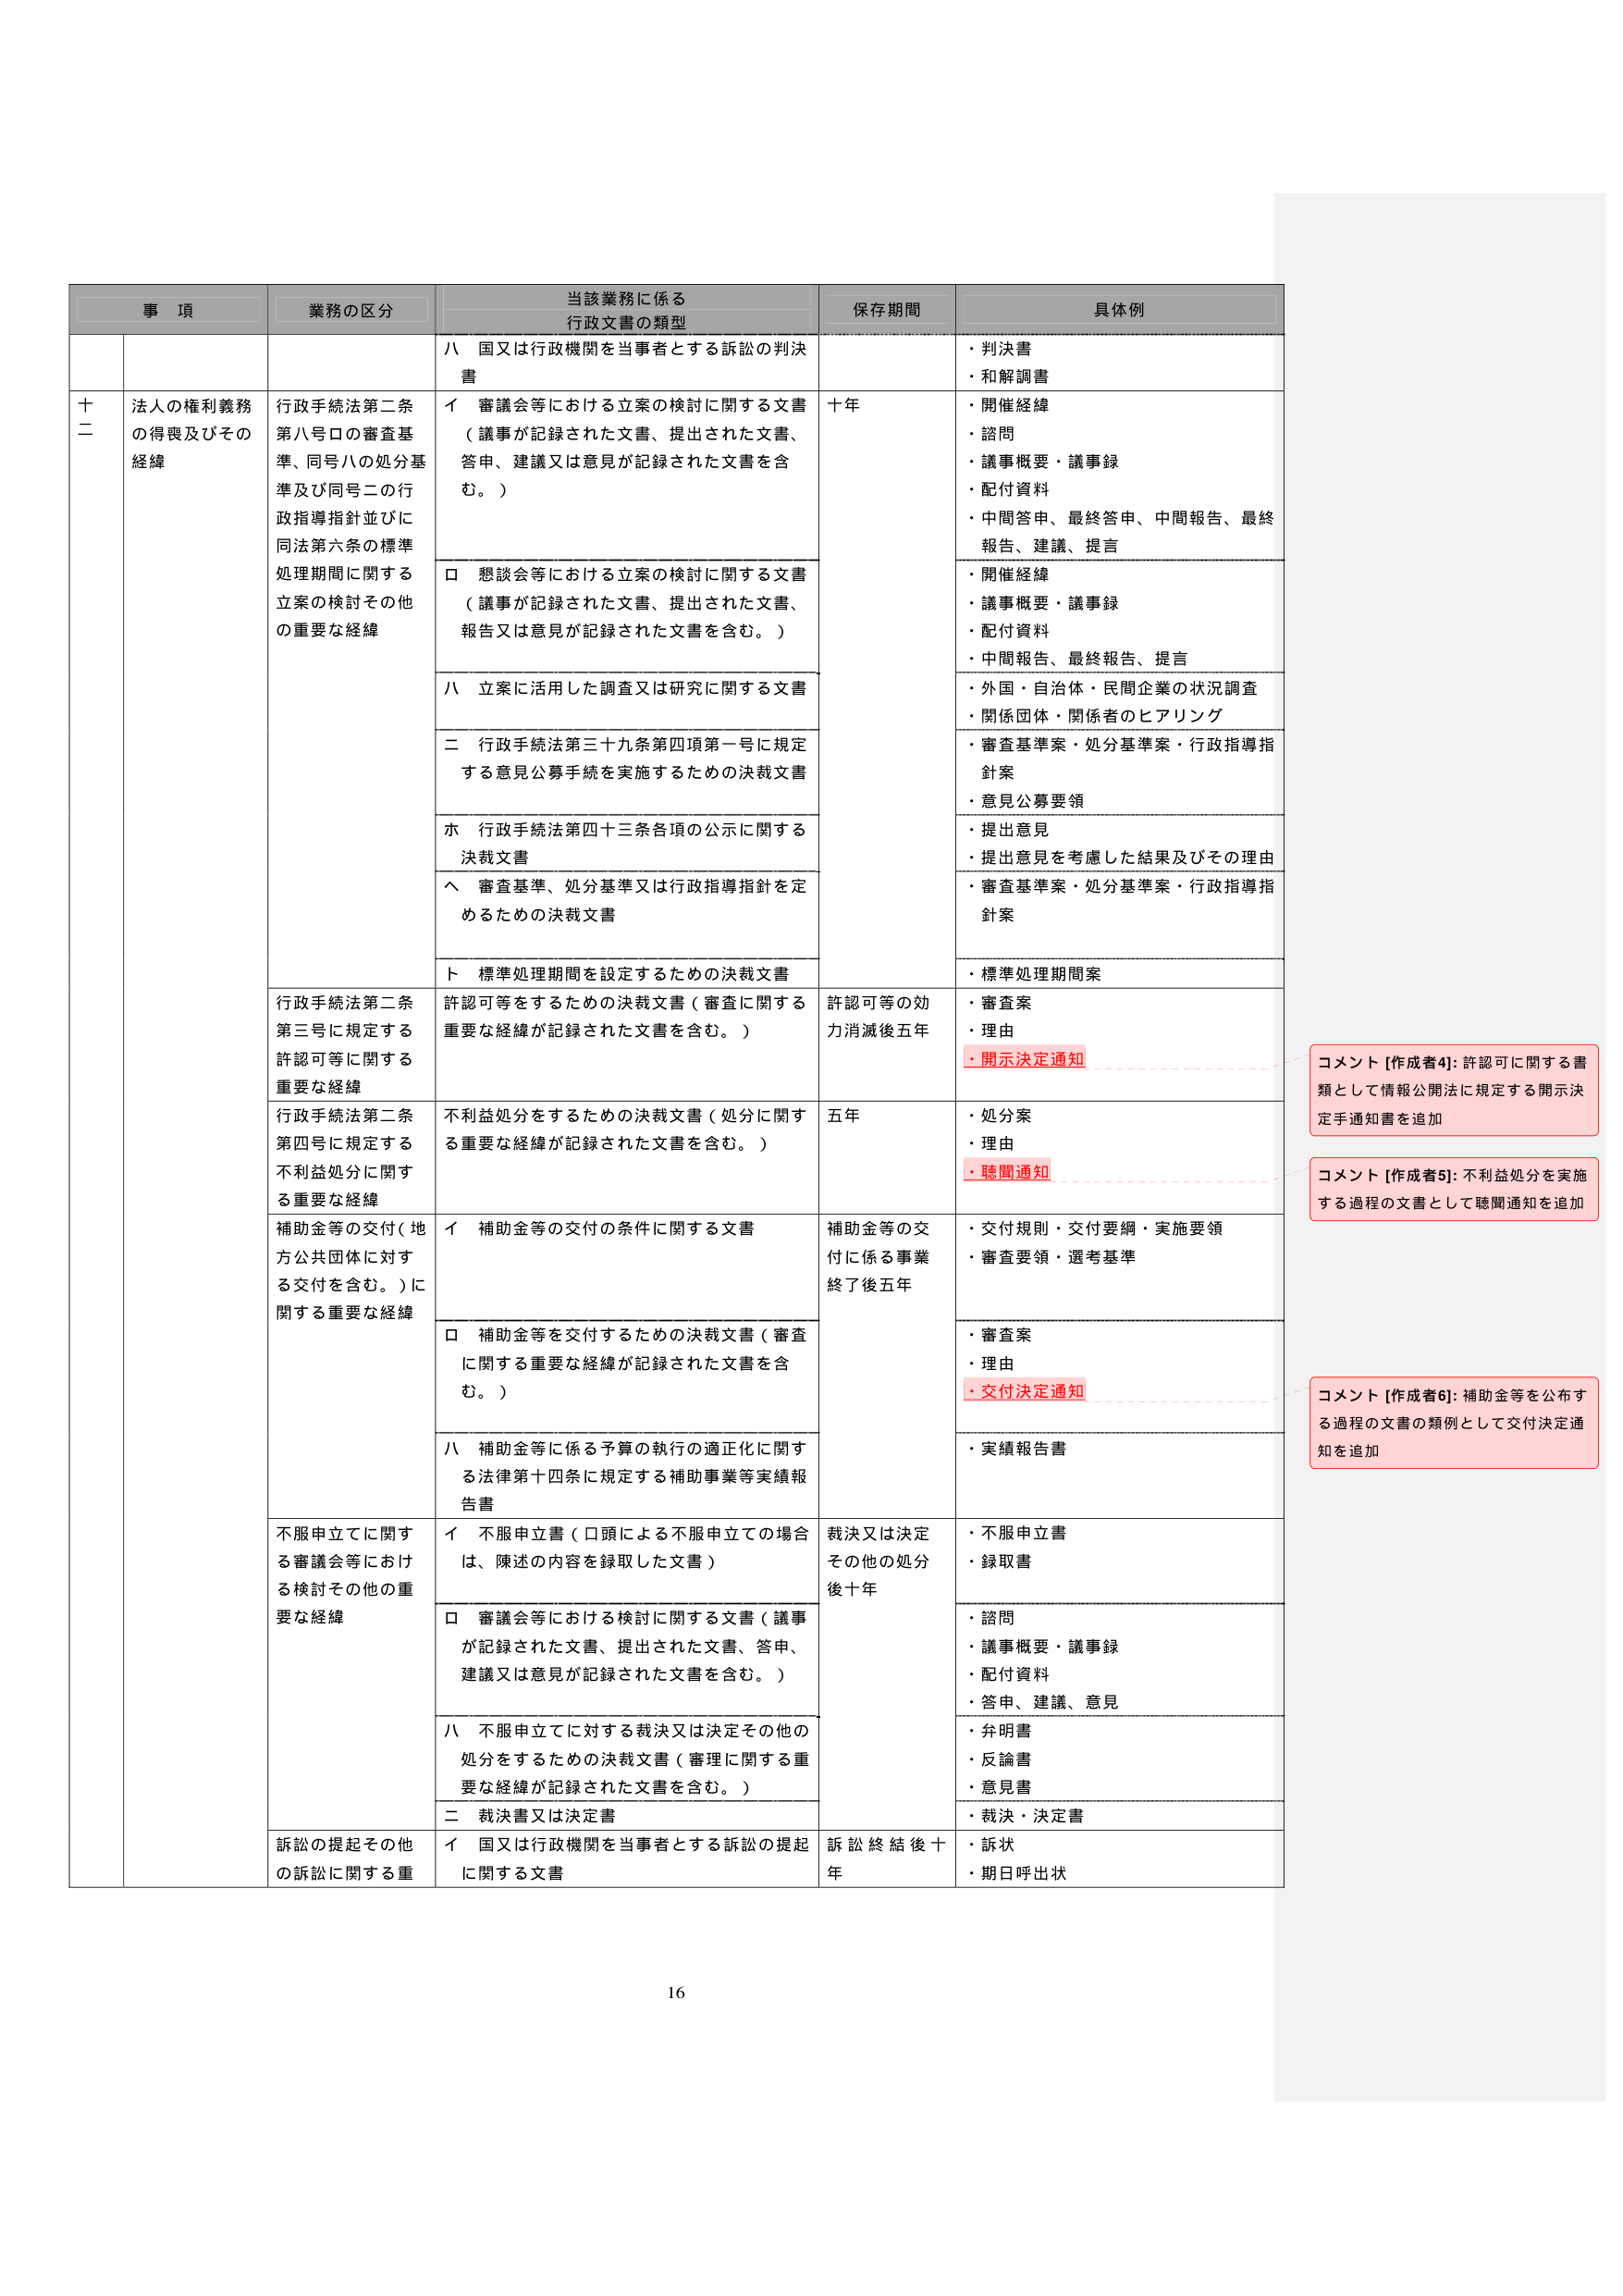
事 項 業務の区分 当該業務に係る 行政文書の類型 保存期間 具体例 十二 法人の権利義務 の得喪及びその 経緯 行政手続法第二条 第八号ロの審査基 準、同号ハの処分基 準及び同号二の行 政指導指針並びに 同法第六条の標準 処理期間に関する 立案の検討その他 の重要な経緯 ハ 国又は行政機関を当事者とする訴訟の判決 書 十年 ・判決書 ・和解調書 イ 審議会等における立案の検討に関する文書 （議事が記録された文書、提出された文書、 答申、建議又は意見が記録された文書を含 む。） ・開催経緯 ・諮問 ・議事概要・議事録 ・配付資料 ・中間答申、最終答申、中間報告、最終 報告、建議、提言 ロ 懇談会等における立案の検討に関する文書 （議事が記録された文書、提出された文書、 報告又は意見が記録された文書を含む。） ・開催経緯 ・議事概要・議事録 ・配付資料 ・中間報告、最終報告、提言 ハ 立案に活用した調査又は研究に関する文書 ・外国・自治体・民間企業の状況調査 ・関係団体・関係者のヒアリング 二 行政手続法第三十九条第四項第一号に規定 する意見公募手続を実施するための決裁文書 ・審査基準案・処分基準案・行政指導指 針案 ・意見公募要領 ホ 行政手続法第四十三条各項の公示に関する 決裁文書 ・提出意見 ・提出意見を考慮した結果及びその理由 ヘ 審査基準、処分基準又は行政指導指針を定 めるための決裁文書 ・審査基準案・処分基準案・行政指導指 針案 ト 標準処理期間を設定するための決裁文書 ・標準処理期間案 行政手続法第二条 第三号に規定する 許認可等に関する 重要な経緯 許認可等をするための決裁文書（審査に関する 重要な経緯が記録された文書を含む。） 許認可等の効 力消滅後五年 ・審査案 ・理由 ・開示決定通知 コメント [作成者4]: 許認可に関する書 類として情報公開法に規定する開示決 定手通知書を追加 行政手続法第二条 第四号に規定する 不利益処分に関する 重要な経緯 不利益処分をするための決裁文書（処分に関する 重要な経緯が記録された文書を含む。） 五年 ・処分案 ・理由 ・聴聞通知 コメント [作成者5]: 不利益処分を実施 する過程の文書として聴聞通知を追加 補助金等の交付（地 方公共団体に対す る交付を含む。）に 関する重要な経緯 イ 補助金等の交付の条件に関する文書 補助金等の交 付に係る事業 終了後五年 ・交付規則・交付要綱・実施要領 ・審査要領・選考基準 ロ 補助金等を交付するための決裁文書（審査 に関する重要な経緯が記録された文書を含 む。） ・審査案 ・理由 ・交付決定通知 コメント [作成者6]: 補助金等を公布す る過程の文書の類例として交付決定通 知を追加 ハ 補助金等に係る予算の執行の適正化に関す る法律第十四条に規定する補助事業等実績報 告書 ・実績報告書 不服申立てに関す る審議会等におけ る検討その他の重 要な経緯 イ 不服申立書（口頭による不服申立ての場合 は、陳述の内容を録取した文書） 裁決又は決定 その他の処分 後十年 ・不服申立書 ・録取書 ロ 審議会等における検討に関する文書（議事 が記録された文書、提出された文書、答申、 建議又は意見が記録された文書を含む。） ・諮問 ・議事概要・議事録 ・配付資料 ・答申、建議、意見 ハ 不服申立てに対する裁決又は決定その他の 処分をするための決裁文書（審理に関する重 要な経緯が記録された文書を含む。） ・弁明書 ・反論書 ・意見書 二 裁決書又は決定書 ・裁決・決定書 訴訟の提起その他 の訴訟に関する重 イ 国又は行政機関を当事者とする訴訟の提起 に関する文書 訴訟終結後十 年 ・訴状 ・期日呼出状 16